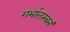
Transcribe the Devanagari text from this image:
गर्भालम्बनं